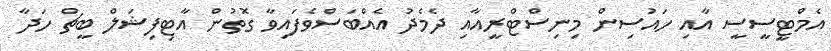
އެމްޓީސީސީ އާއި ހައުސިން މިނިސްޓްރީއާއި ދެމެދު އެއްބަސްވެފައިވާ ގޮތުން އާޓިފިޝަލް ބީޗް ހަދާ